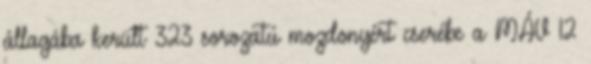
állagába került 323 sorozatú mozdonyért cserébe a MÁV 12